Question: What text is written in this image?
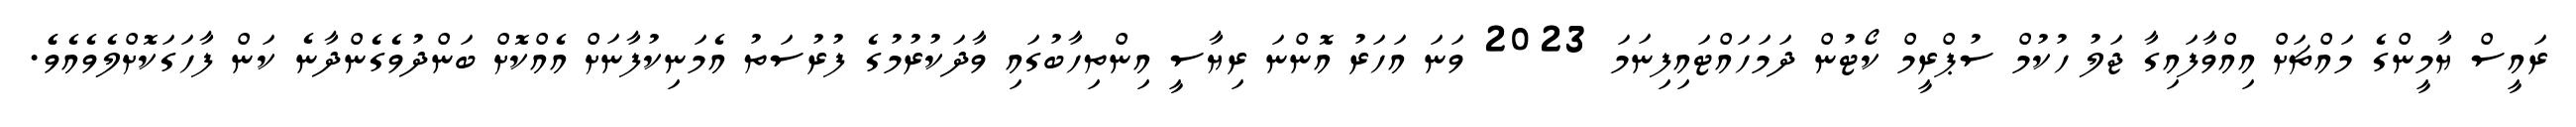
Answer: ރައީސް ޔާމީންގެ މައްޗަށް އިއްވާފައިގާ ޖަލު ހުކުމް ސުޕްރީމް ކޯޓުން ދަމަހައްޓައިފިނަމަ 2023 ވަނަ އަހަރު އޮންނަ ރިޔާސީ އިންތިހާބުގައި ވާދަކުރުމުގެ ފުރުސަތު އެމަނިކުފާނަށް އެއްކޮށް ބަންދުވެގެންދާނެ ކަން ފާހަގަކޮށްލެވެއެވެެ.